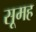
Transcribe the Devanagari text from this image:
सूमह